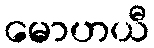
မောဟယီ